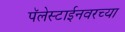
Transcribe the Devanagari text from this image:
पॅलेस्टाईनवरच्या